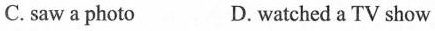
C. saw a photo D.watched a TV show